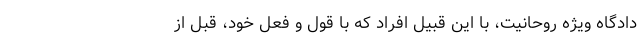
دادگاه ویژه روحانیت، با این قبیل افراد که با قول و فعل خود، قبل از